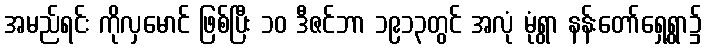
အမည်ရင်း ကိုလှမောင် ဖြစ်ပြီး ၁၀ ဒီဇင်ဘာ ၁၉၁၃တွင် အလုံ မုံရွာ နန်းတော်ရှေ့ရွာ၌